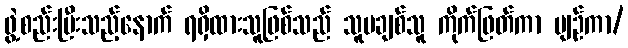
ဖွဲ့စည်းပြီးသည့်နောက် ရရှိထားသူဖြစ်သည် သူမချစ်သူ ကိုက်ဖြတ်ကာ ပျဉ်ကာ/